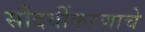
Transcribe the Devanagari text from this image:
सौंदर्यीकरणाचे